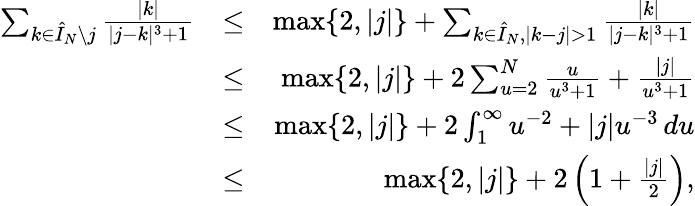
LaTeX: \begin{array}{rlr}{\sum_{k\in\hat{I}_{N}\setminus j}\frac{|k|}{|j-k|^{3}+1}}&{\leq}&{\operatorname*{max}\{ 2,|j|\} +\sum_{k\in\hat{I}_{N},|k-j|>1}\frac{|k|}{|j-k|^{3}+1}}\\ &{\leq}&{\operatorname*{max}\{ 2,|j|\} +2\sum_{u=2}^{N}\frac{u}{u^{3}+1}+\frac{|j|}{u^{3}+1}}\\ &{\leq}&{\operatorname*{max}\{ 2,|j|\} +2\int_{1}^{\infty}u^{-2}+|j|u^{-3}\, du}\\ &{\leq}&{\operatorname*{max}\{ 2,|j|\} +2\left(1+\frac{|j|}{2}\right),}\end{array}